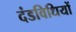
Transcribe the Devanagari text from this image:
दंडविधियों